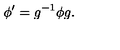
\phi ^ { \prime } = g ^ { - 1 } \phi g .